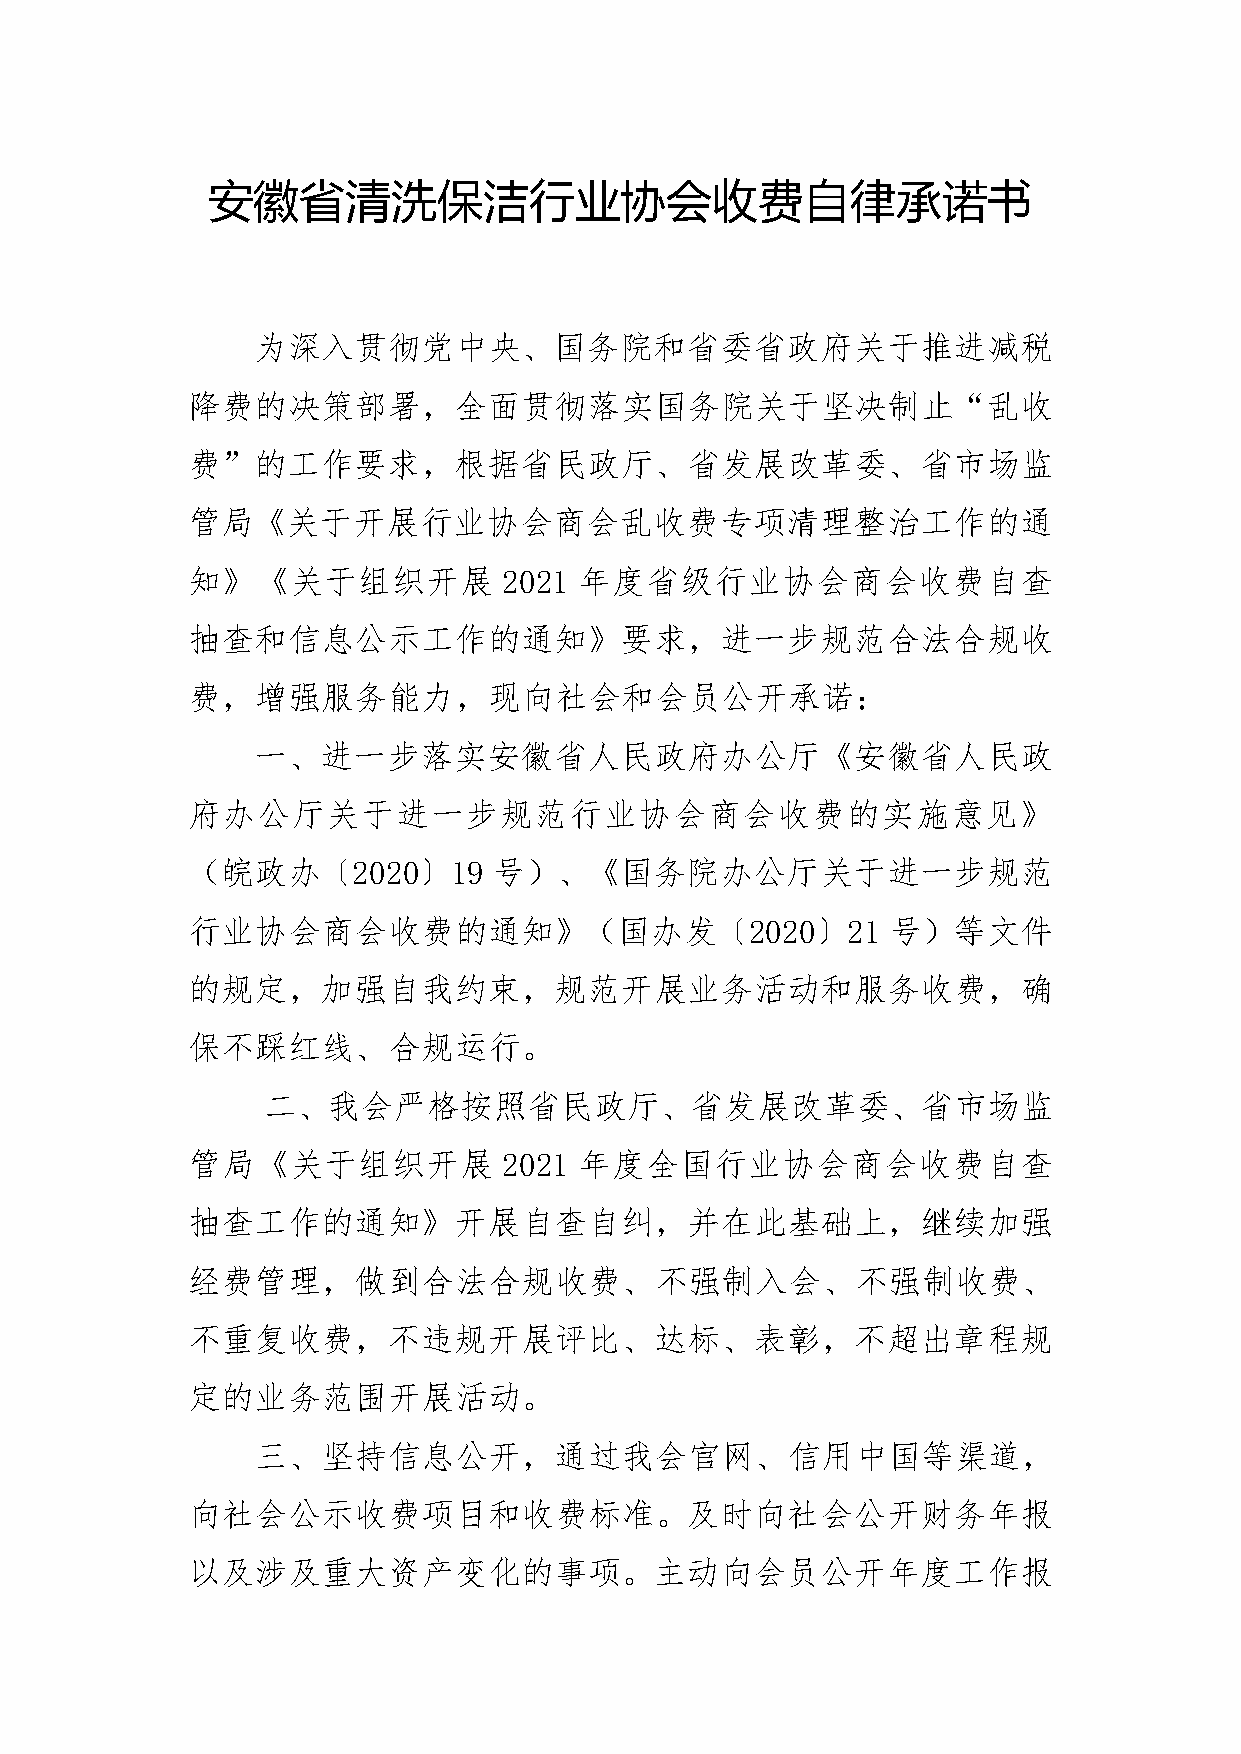
安徽省清洗保洁行业协会收费自律承诺书
 为深入贯彻党中央、国务院和省委省政府关于推进减税
 降费的决策部署，全面贯彻落实国务院关于坚决制止“乱收
 费”的工作要求，根据省民政厅、省发展改革委、省市场监
 管局《关于开展行业协会商会乱收费专项清理整治工作的通
 知》《关于组织开展            2021 年度省级行业协会商会收费自查
 抽查和信息公示工作的通知》要求，进一步规范合法合规收
 费，增强服务能力，现向社会和会员公开承诺：
 一、进一步落实安徽省人民政府办公厅《安徽省人民政
 府办公厅关于进一步规范行业协会商会收费的实施意见》
 （皖政办〔2020〕19         号）、《国务院办公厅关于进一步规范
 行业协会商会收费的通知》（国办发〔2020〕21                       号）等文件
 的规定，加强自我约束，规范开展业务活动和服务收费，确
 保不踩红线、合规运行。
 二、我会严格按照省民政厅、省发展改革委、省市场监
 管局《关于组织开展            2021 年度全国行业协会商会收费自查
 抽查工作的通知》开展自查自纠，并在此基础上，继续加强
 经费管理，做到合法合规收费、不强制入会、不强制收费、
 不重复收费，不违规开展评比、达标、表彰，不超出章程规
 定的业务范围开展活动。
 三、坚持信息公开，通过我会官网、信用中国等渠道，
 向社会公示收费项目和收费标准。及时向社会公开财务年报
 以及涉及重大资产变化的事项。主动向会员公开年度工作报